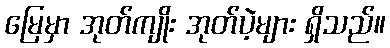
မြေမှာ အုတ်ကျိုး အုတ်ပဲ့များ ရှိသည်။